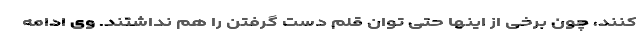
کنند، چون برخی از اینها حتی توان قلم دست گرفتن را هم نداشتند. وی ادامه